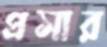
প্রসার